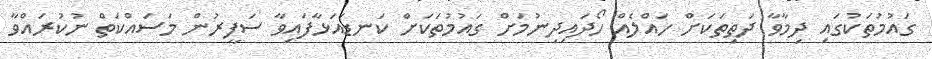
ގައުމުތަކުގައި ދިމާވާ ދަތިތަކަށް ހައްލެއް ހޯދައިދިނުމަށް ގައުމުތަކަށް ކަނޑައަޅާފައިވާ ސަފީރުން މަސައްކަތް ނުކުރައްވާ